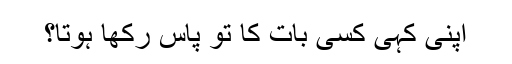
اپنی کہی کسی بات کا تو پاس رکھا ہوتا؟